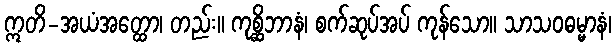
ဣတိ-အယံအတ္ထော၊ တည်း။ ကုစ္ဆိဘာနံ၊ စက်ဆုပ်အပ် ကုန်သော။ သာသဝဓမ္မာနံ၊